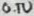
Text: 0.1U